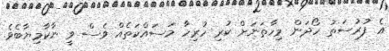
އެ ފުރުސަތު ހޯދަން މިހާތަނަށް ކުރި ހުރިހާ މަސައްކަތެއް ވެސް ވީ ނާކާމިޔާބެވެ.